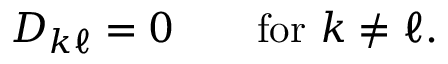
D _ { k \ell } = 0 \qquad { \mathrm { f o r ~ } } k \neq \ell .